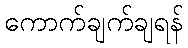
ကောက်ချက်ချရန်